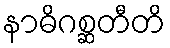
နာဓိဂစ္ဆတီတိ